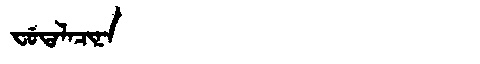
Manchu: ᠸᡠᡨᠠᠯᠠᠴᡳᠨᠠ
Romanization: FUTALACINA